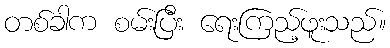
တစ်ခါက စမ်းပြီး ရေးကြည့်ဖူးသည်။